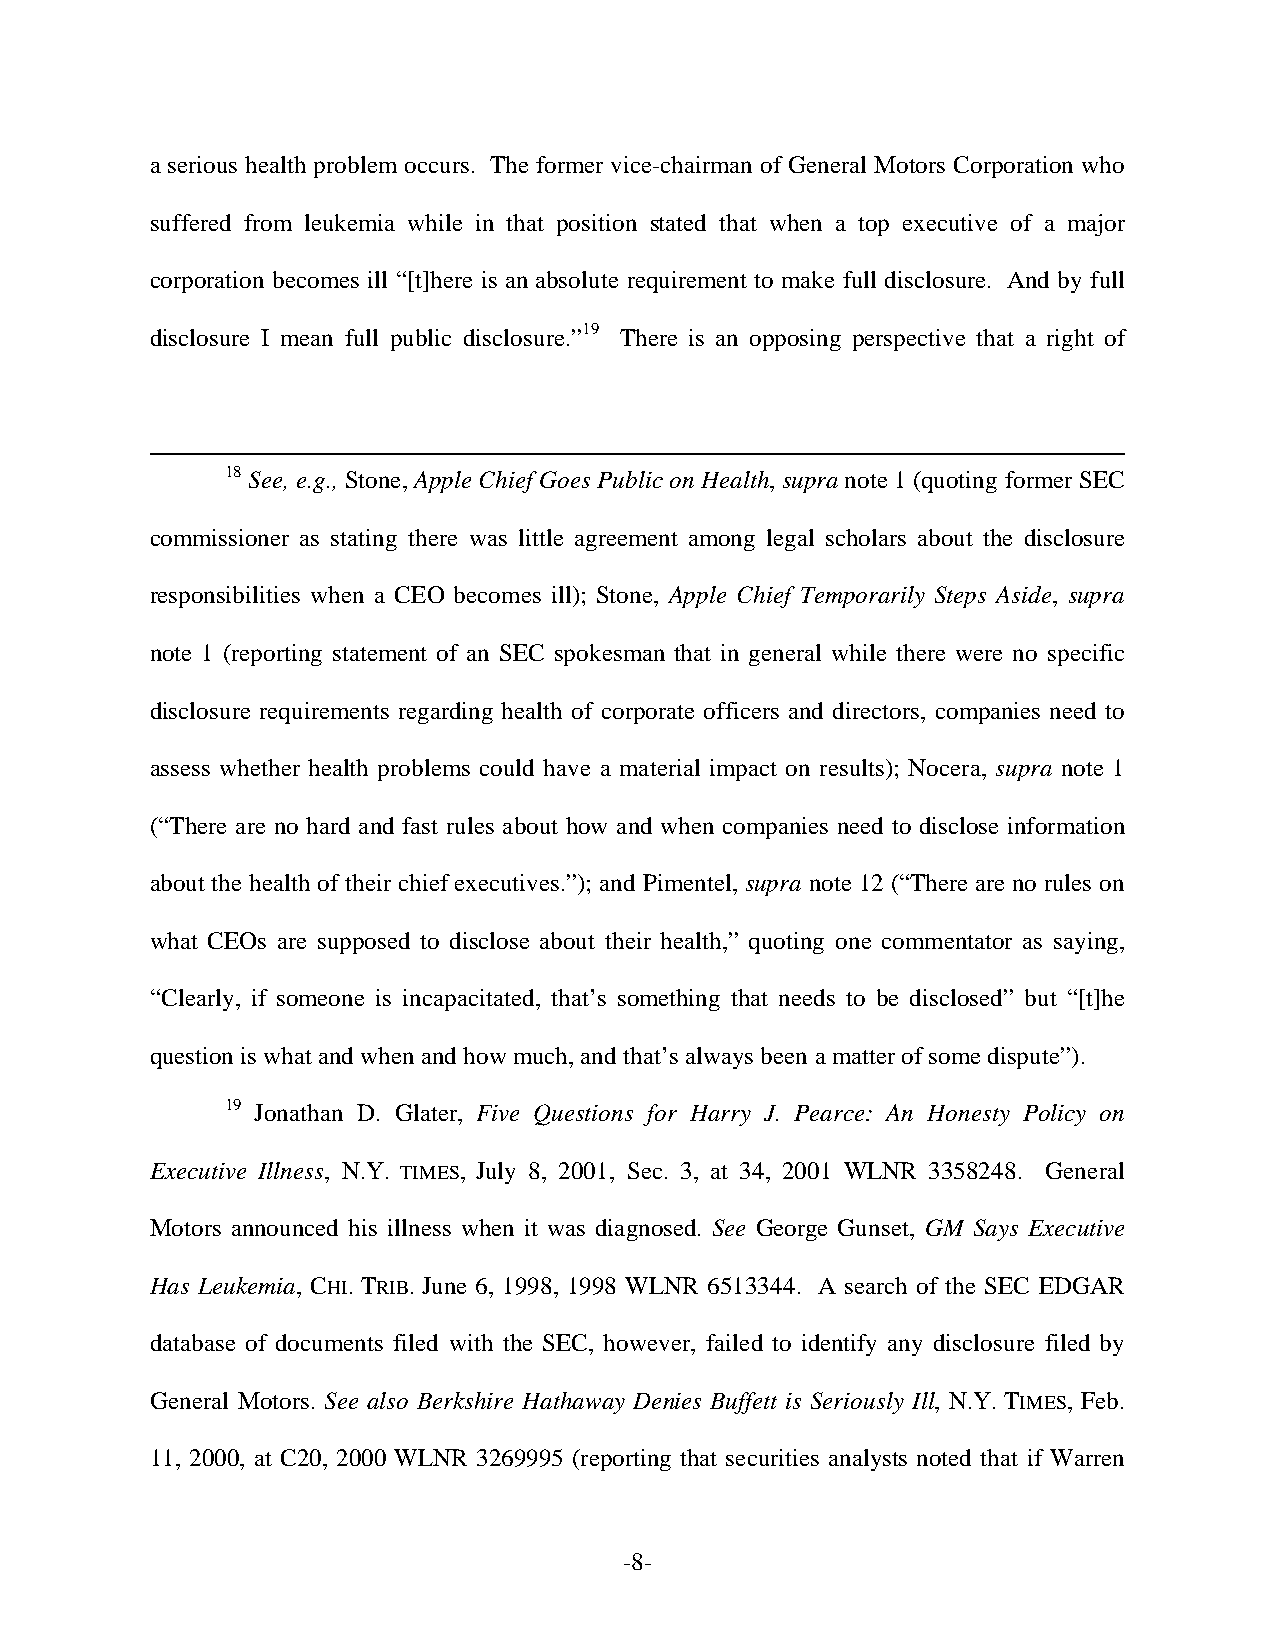
a serious health problem occurs. The former vice-chairman of General Motors Corporation who
 suffered from leukemia while in that position stated that when a top executive of a major
 corporation becomes ill “[t]here is an absolute requirement to make full disclosure. And by full
 disclosure I mean full public disclosure.”19 There is an opposing perspective that a right of
 18 See, e.g., Stone, Apple Chief Goes Public on Health, supra note 1 (quoting former SEC
 commissioner as stating there was little agreement among legal scholars about the disclosure
 responsibilities when a CEO becomes ill); Stone, Apple Chief Temporarily Steps Aside, supra
 note 1 (reporting statement of an SEC spokesman that in general while there were no specific
 disclosure requirements regarding health of corporate officers and directors, companies need to
 assess whether health problems could have a material impact on results); Nocera, supra note 1
 (“There are no hard and fast rules about how and when companies need to disclose information
 about the health of their chief executives.”); and Pimentel, supra note 12 (“There are no rules on
 what CEOs are supposed to disclose about their health,” quoting one commentator as saying,
 “Clearly, if someone is incapacitated, that’s something that needs to be disclosed” but “[t]he
 question is what and when and how much, and that’s always been a matter of some dispute”).
 19 Jonathan D. Glater, Five Questions for Harry J. Pearce: An Honesty Policy on
 Executive Illness, N.Y. TIMES, July 8, 2001, Sec. 3, at 34, 2001 WLNR 3358248. General
 Motors announced his illness when it was diagnosed. See George Gunset, GM Says Executive
 Has Leukemia, CHI. TRIB. June 6, 1998, 1998 WLNR 6513344. A search of the SEC EDGAR
 database of documents filed with the SEC, however, failed to identify any disclosure filed by
 General Motors. See also Berkshire Hathaway Denies Buffett is Seriously Ill, N.Y. TIMES, Feb.
 11, 2000, at C20, 2000 WLNR 3269995 (reporting that securities analysts noted that if Warren
 -8-